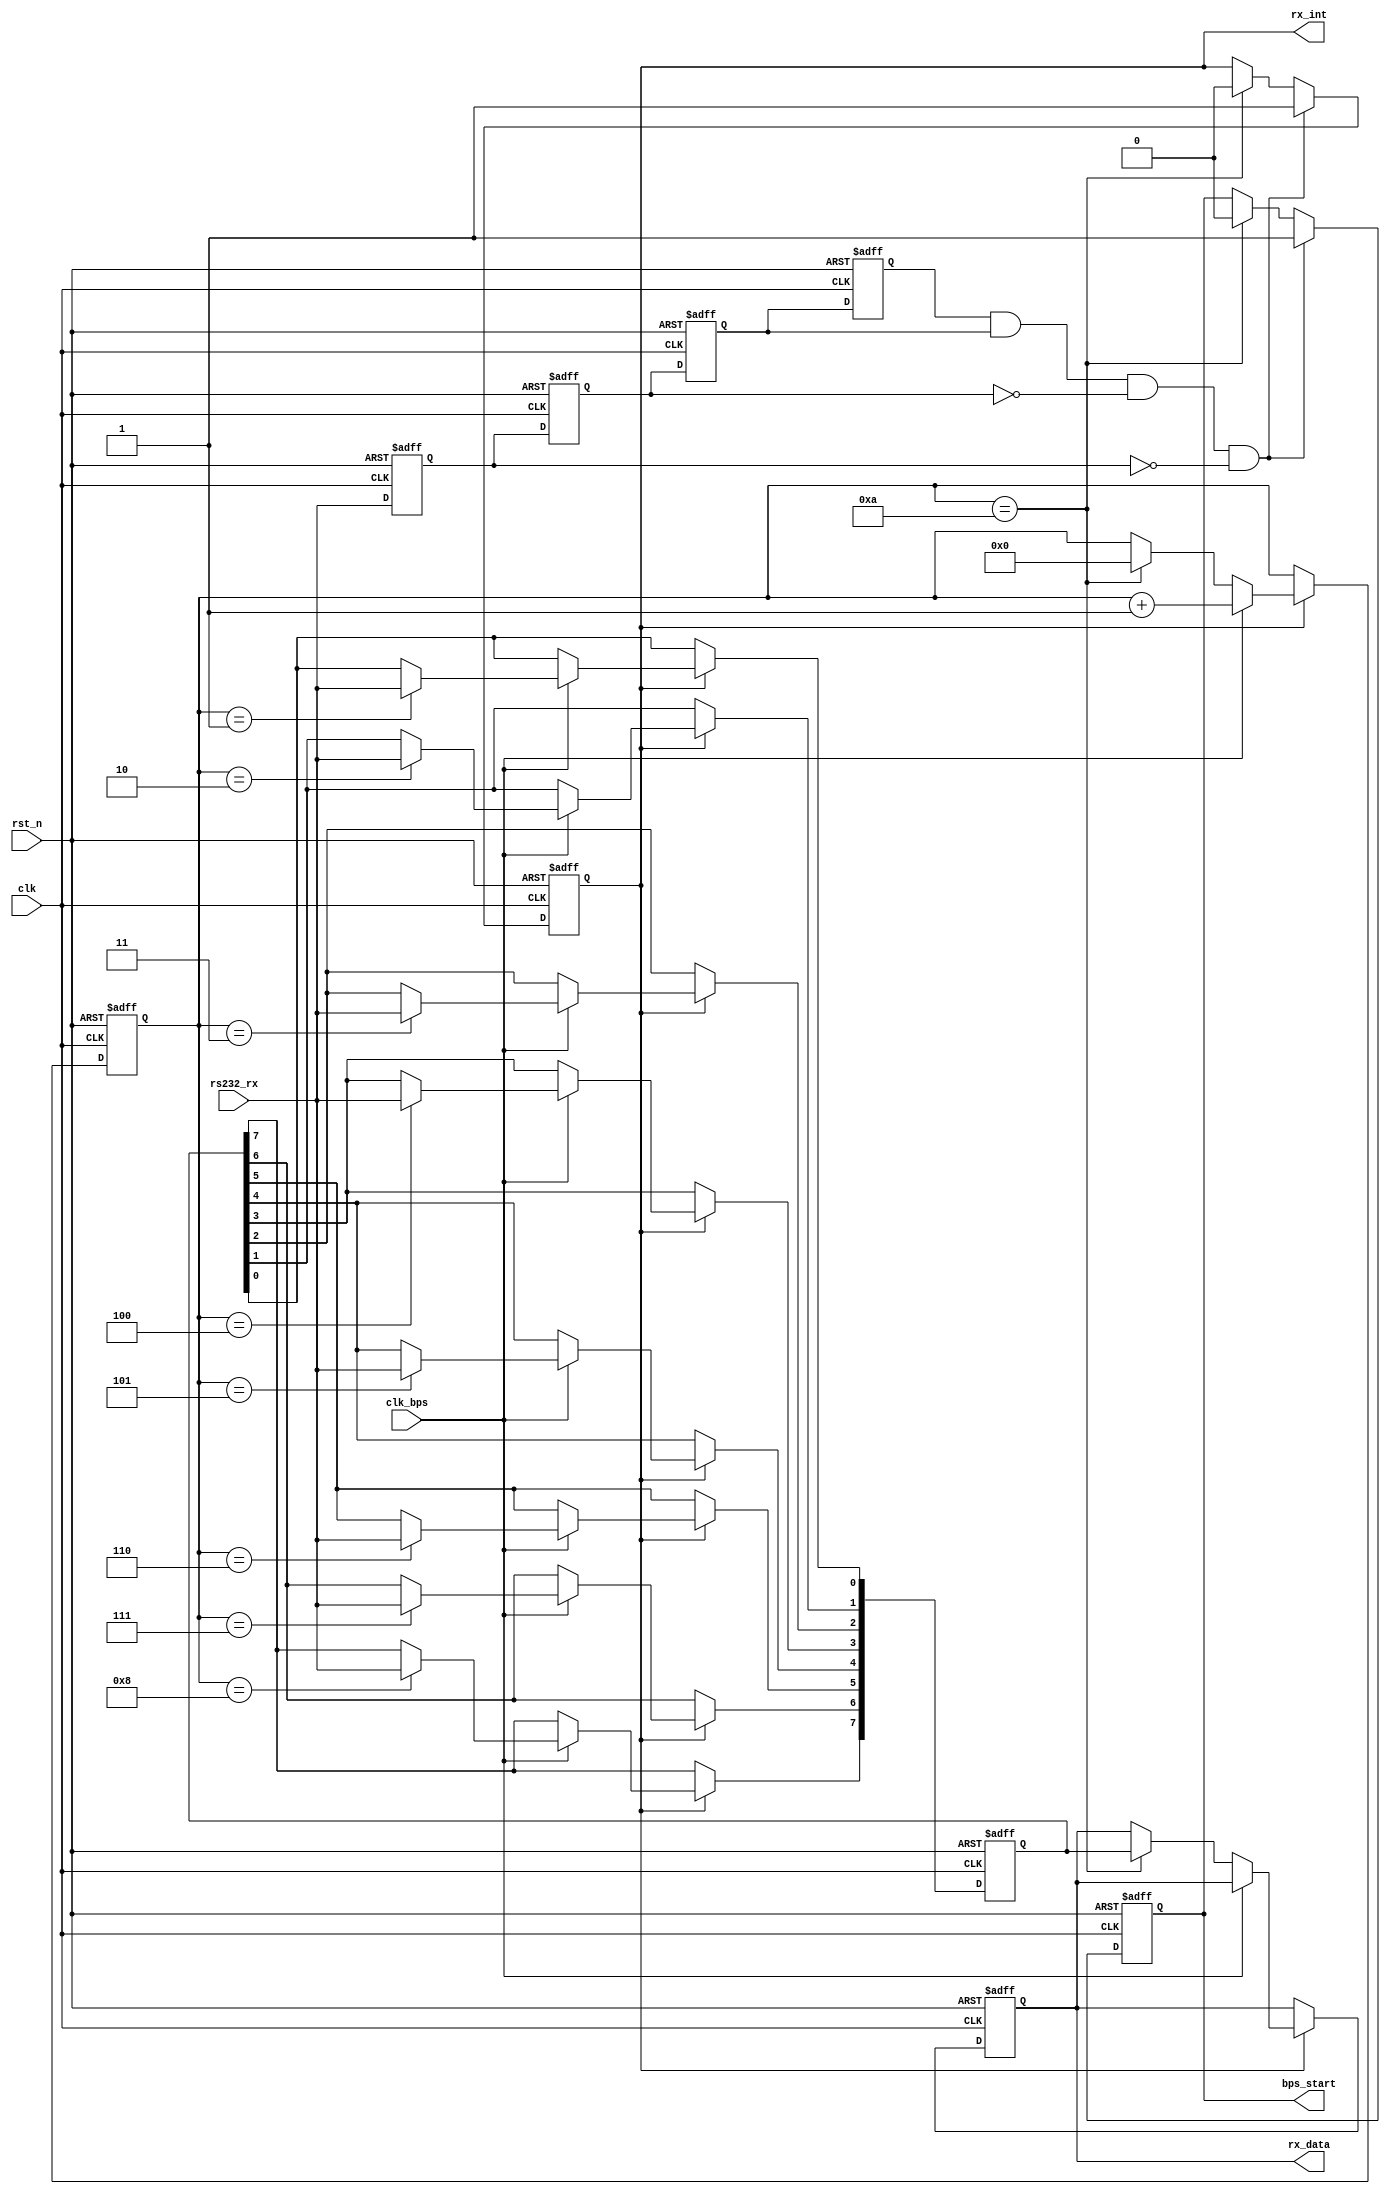
`timescale 1ns / 1ps
////////////////////////////////////////////////////////////////////////////////
// Company: 
// Engineer:
//
// Design Name:    
// Module Name:    my_uart_rx
// Project Name:   
// Target Device:  
// Tool versions:  
// Description:
//
// Dependencies:
// 
// Revision:
// Revision 0.01 - File Created
// Additional Comments:
// 
////////////////////////////////////////////////////////////////////////////////
module my_uart_rx(
				clk,rst_n,
				rs232_rx,rx_data,rx_int,
				clk_bps,bps_start
			);

input clk;		// 50MHz
input rst_n;	//
input rs232_rx;	// RS232
input clk_bps;	// clk_bps
output bps_start;		//
output[7:0] rx_data;	// 
output rx_int;	//,

//----------------------------------------------------------------
reg rs232_rx0,rs232_rx1,rs232_rx2,rs232_rx3;	//
wire neg_rs232_rx;	//

always @ (posedge clk or negedge rst_n) begin
	if(!rst_n) begin
			rs232_rx0 <= 1'b0;
			rs232_rx1 <= 1'b0;
			rs232_rx2 <= 1'b0;
			rs232_rx3 <= 1'b0;
		end
	else begin
			rs232_rx0 <= rs232_rx;
			rs232_rx1 <= rs232_rx0;
			rs232_rx2 <= rs232_rx1;
			rs232_rx3 <= rs232_rx2;
		end
end
	//<20ns-40ns()
	// 
	//40ns
assign neg_rs232_rx = rs232_rx3 & rs232_rx2 & ~rs232_rx1 & ~rs232_rx0;	//neg_rs232_rx

//----------------------------------------------------------------
reg bps_start_r;
reg[3:0] num;	//
reg rx_int;		//,

always @ (posedge clk or negedge rst_n)
	if(!rst_n) begin
			bps_start_r <= 1'b0;
			rx_int <= 1'b0;
		end
	else if(neg_rs232_rx) begin		//rs232_rx
			bps_start_r <= 1'b1;	//
			rx_int <= 1'b1;			//
		end
	else if(num==4'd10) begin		//
			bps_start_r <= 1'b0;	//
			rx_int <= 1'b0;			//
		end

assign bps_start = bps_start_r;

//----------------------------------------------------------------
reg[7:0] rx_data_r;		//
//----------------------------------------------------------------

reg[7:0] rx_temp_data;	//

always @ (posedge clk or negedge rst_n)
	if(!rst_n) begin
			rx_temp_data <= 8'd0;
			num <= 4'd0;
			rx_data_r <= 8'd0;
		end
	else if(rx_int) begin	//
		if(clk_bps) begin	//,8bit12		
				num <= num + 1'b1;
				case (num)
						4'd1: rx_temp_data[0] <= rs232_rx;	//0bit
						4'd2: rx_temp_data[1] <= rs232_rx;	//1bit
						4'd3: rx_temp_data[2] <= rs232_rx;	//2bit
						4'd4: rx_temp_data[3] <= rs232_rx;	//3bit
						4'd5: rx_temp_data[4] <= rs232_rx;	//4bit
						4'd6: rx_temp_data[5] <= rs232_rx;	//5bit
						4'd7: rx_temp_data[6] <= rs232_rx;	//6bit
						4'd8: rx_temp_data[7] <= rs232_rx;	//7bit
						default:;
					endcase
			end
		else if(num == 4'd10) begin		//1+8+1(2)=11bit
				num <= 4'd0;			//STOP,num
				rx_data_r <= rx_temp_data;	//rx_data
			end
		end

assign rx_data = rx_data_r;	

endmodule